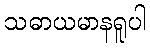
သဓာယမာနရူပါ